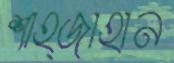
শাহ্জাহান